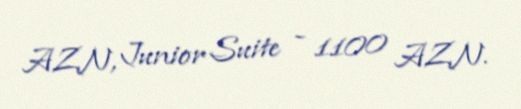
AZN, Junior Suite - 1100 AZN.